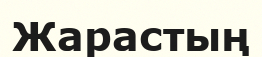
Жарастың